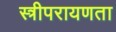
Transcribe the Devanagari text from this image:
स्त्रीपरायणता